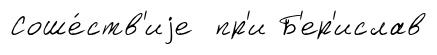
Соше́ств'иjе пр'и Б'ер'ислав